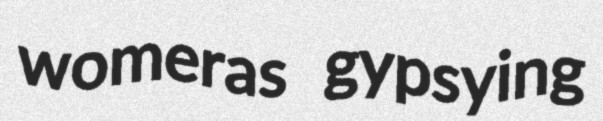
womeras gypsying